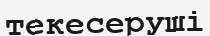
текесеруші